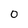
Character: 0